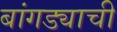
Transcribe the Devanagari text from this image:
बांगड्याची